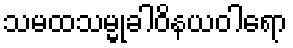
သမထသမ္မုခါဝိနယဝါရော